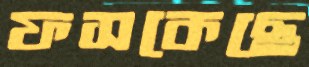
ফসকেছে